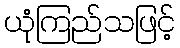
ယုံကြည်သဖြင့်